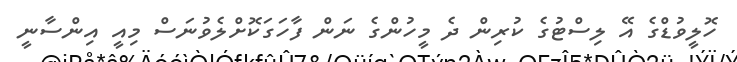
ހޮލީވުޑްގެ އޭ ލިސްޓުގެ ކުރިން ދެ މީހުންގެ ނަން ފާހަގަކޮށްލެވުނަސް މިއީ އިންސާނީ